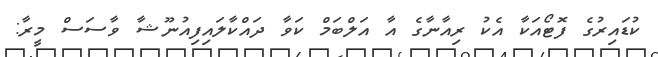
ކުޑައިރުގެ ފޮޓޯއަކާ އެކު ރިއާނާގެ އާ އަލްބަމް ކަވާ ދައްކާލައިފިއުނޫޝާ ވާސަސް މީރާ: